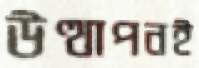
উত্থাপনই